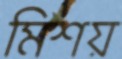
মিশয়